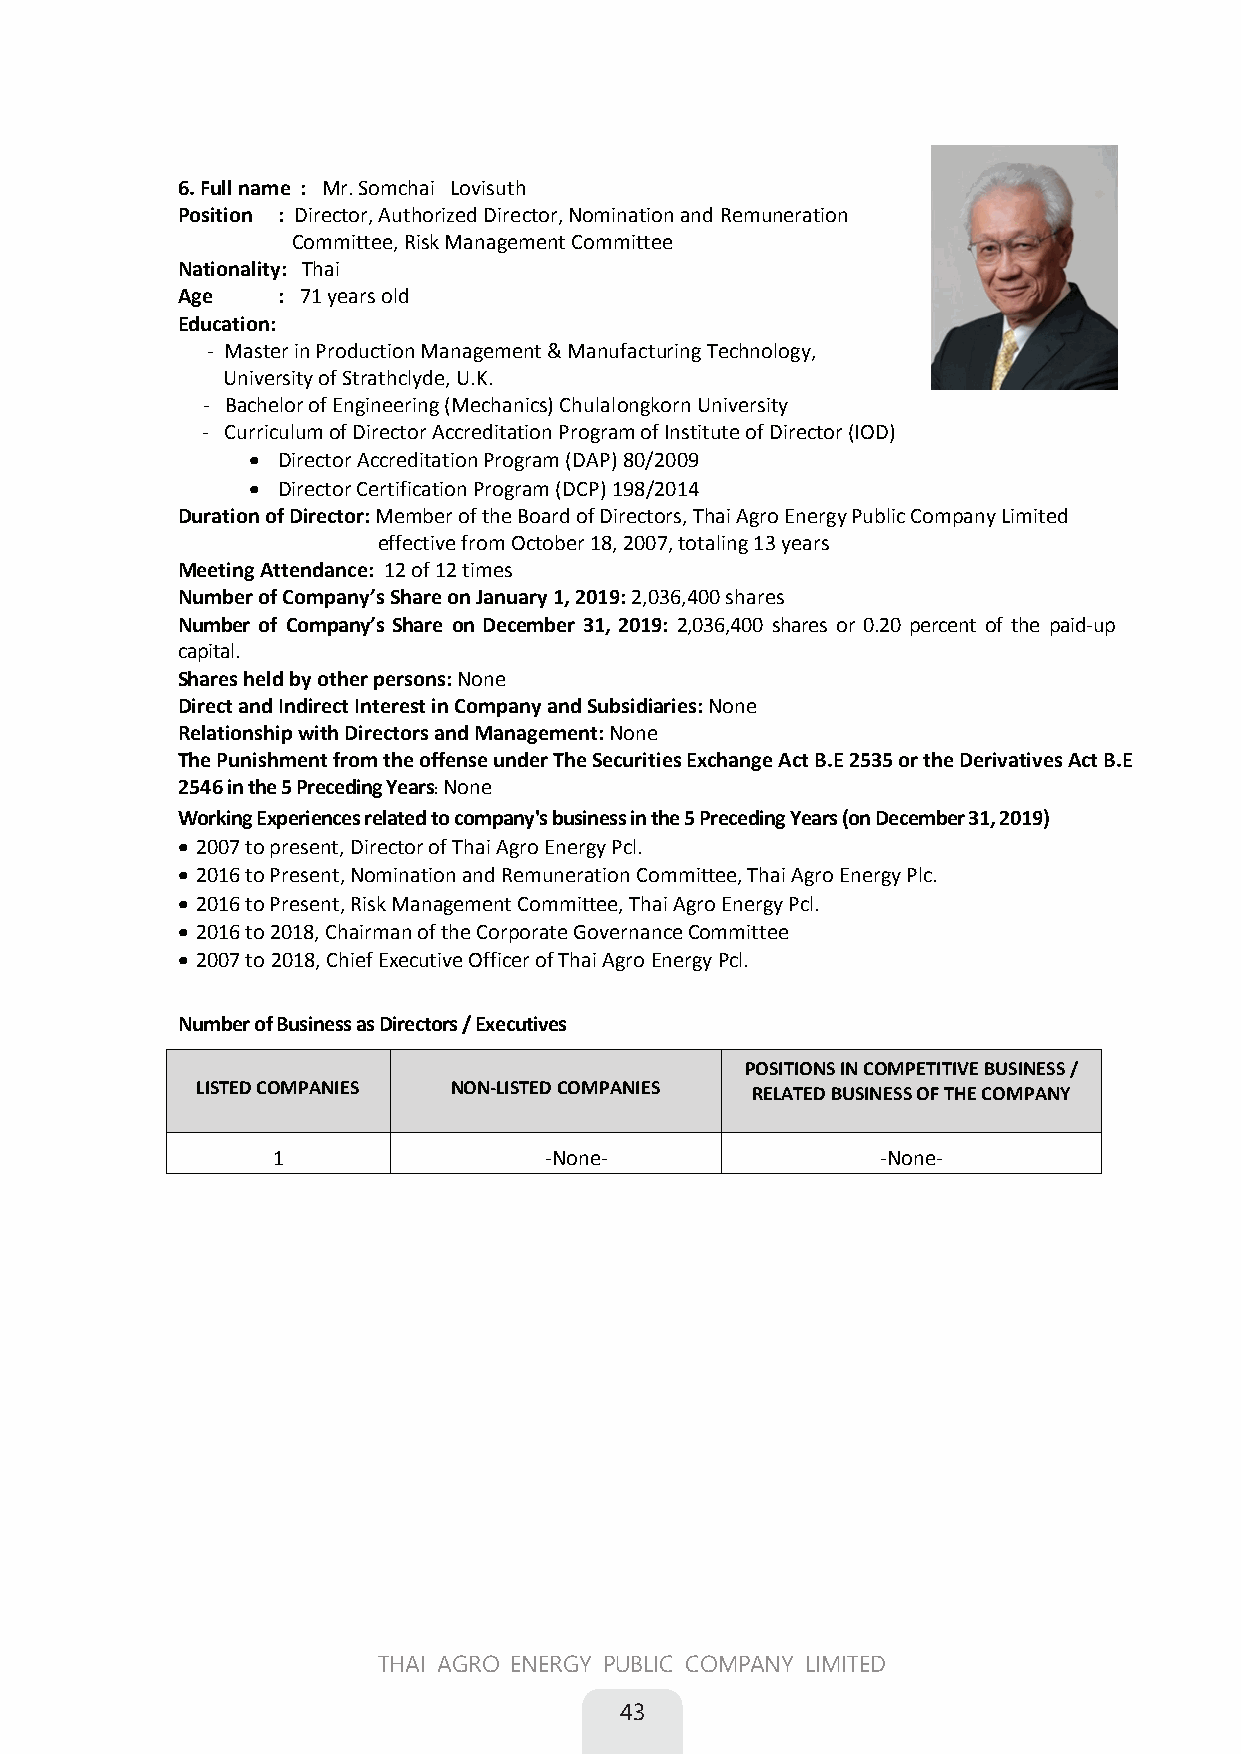
6. Full name: Mr. Somchai Lovisuth
 
 Position: Director, Authorized Director, Nomination and Remuneration 
 Committee, Risk Management Committee
 Nationality: Thai
 Age: 71 years old
 Education:
 - Master in Production Management & Manufacturing Technology,
 University of Strathclyde, U.K.
 - Bachelor of Engineering (Mechanics) Chulalongkorn University
 - Curriculum of Director Accreditation Program of Institute of Director (IOD)
  Director Accreditation Program (DAP) 80/2009
  Director Certification Program (DCP) 198/2014
 Duration of Director: Member of the Board of Directors, Thai Agro Energy Public Company Limited
 effective from October 18, 2007, totaling 13 years
 Meeting Attendance: 12 of 12 times
 Number of Company’s Share on January 1, 2019: 2,036,400 shares
 Number of Company’s Share on December 31, 2019: 2,036,400 shares or 0.20 percent of the paid-up
 capital.
 Shares held by other persons: None 
 Direct and Indirect Interest in Company and Subsidiaries: None
 Relationship with Directors and Management: None
 The Punishment from the offense under The Securities Exchange Act B.E 2535 or the Derivatives Act B.E
 2546 in the 5 Preceding YearsNone
 Working Experiences related to company's business in the 5 Preceding Years (on December 31, 2019)
  2007 to present, Director of Thai Agro Energy Pcl.
  2016 to Present, Nomination and Remuneration Committee, Thai Agro Energy Plc.
  2016 to Present, Risk Management Committee, Thai Agro Energy Pcl.
  2016 to 2018, Chairman of the Corporate Governance Committee
  2007 to 2018, Chief Executive Officer of Thai Agro Energy Pcl.
 Number of Business as Directors / Executives
 POSITIONS IN COMPETITIVE BUSINESS /
 LISTED COMPANIES NON-LISTED COMPANIES RELATED BUSINESS OF THE COMPANY
 1                -None-                -None-
 
 
 
 
 
 THAI AGRO ENERGY PUBLIC COMPANY LIMITED
 43